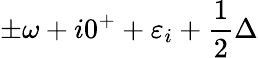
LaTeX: \pm\omega+i0^{+}+\varepsilon_{i}+\frac 12\Delta